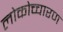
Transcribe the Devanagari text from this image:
लोकोच्चारण